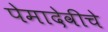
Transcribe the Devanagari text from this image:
पेमादेवीचे